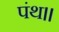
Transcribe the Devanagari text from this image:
पंथ।।